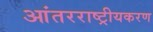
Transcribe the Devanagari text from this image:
आंतरराष्ट्रीयकरण